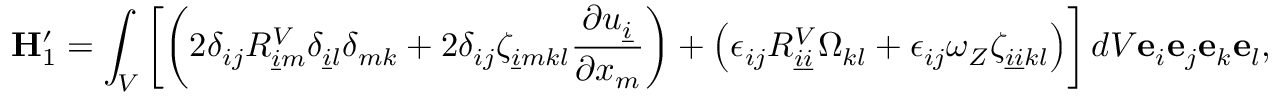
\mathbf { H } _ { 1 } ^ { \prime } = \int _ { V } \left[ \left( 2 \delta _ { i j } R _ { \underline { { i } } m } ^ { V } \delta _ { \underline { { i } } l } \delta _ { m k } + 2 \delta _ { i j } \zeta _ { \underline { { i } } m k l } \frac { \partial u _ { \underline { { i } } } } { \partial x _ { m } } \right) + \left( \epsilon _ { i j } R _ { \underline { { i } } \underline { { i } } } ^ { V } \Omega _ { k l } + \epsilon _ { i j } \omega _ { Z } \zeta _ { \underline { { i } } \underline { { i } } k l } \right) \right] d V \mathbf { e } _ { i } \mathbf { e } _ { j } \mathbf { e } _ { k } \mathbf { e } _ { l } ,